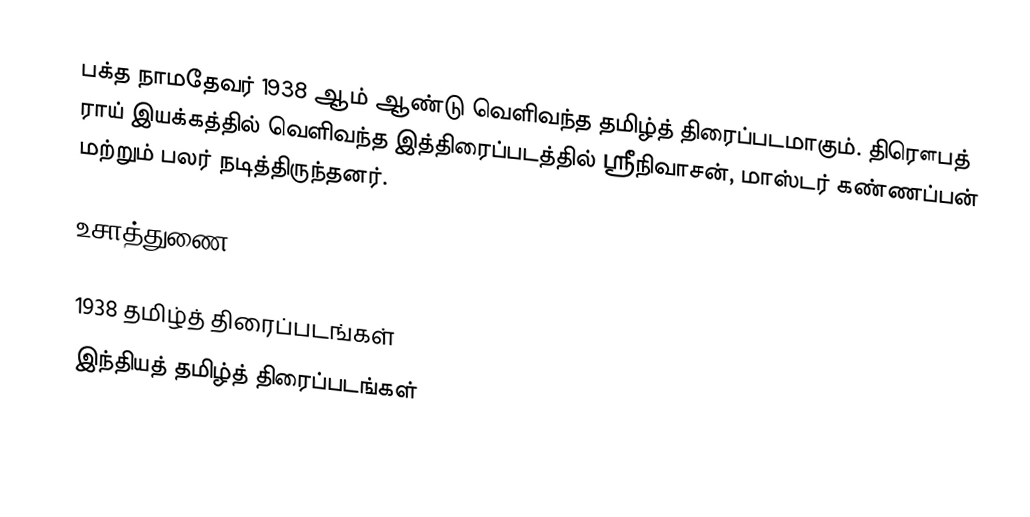
பக்த நாமதேவர் 1938 ஆம் ஆண்டு வெளிவந்த தமிழ்த் திரைப்படமாகும். திரௌபத் ராய் இயக்கத்தில் வெளிவந்த இத்திரைப்படத்தில் ஸ்ரீநிவாசன், மாஸ்டர் கண்ணப்பன் மற்றும் பலர் நடித்திருந்தனர்.

உசாத்துணை

1938 தமிழ்த் திரைப்படங்கள்
இந்தியத் தமிழ்த் திரைப்படங்கள்